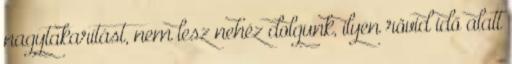
nagytakarítást, nem lesz nehéz dolgunk, ilyen rövid idő alatt